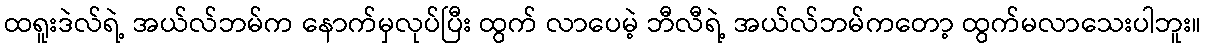
ထရူးဒဲလ်ရဲ့ အယ်လ်ဘမ်က နောက်မှလုပ်ပြီး ထွက် လာပေမဲ့ ဘီလီရဲ့ အယ်လ်ဘမ်ကတော့ ထွက်မလာသေးပါဘူး။